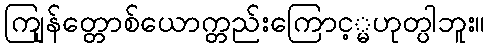
ကျြန်တ္တောစ်ယောက္တည်းကြောင့္မဟုတ္ပါဘူး။